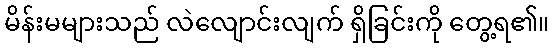
မိန်းမများသည် လဲလျောင်းလျက် ရှိခြင်းကို တွေ့ရ၏။